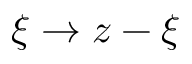
\xi \rightarrow z - \xi